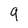
Character: 9